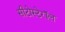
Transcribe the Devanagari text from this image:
सीटोस्टेरॉल